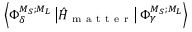
\ensuremath { \left\langle { \Phi } _ { \delta } ^ { { M } _ { S } ; { M } _ { L } } \left\lvert { \hat { H } } _ { \mathrm { ~ m ~ a ~ t ~ t ~ e ~ r ~ } } \right\rvert { \Phi } _ { \gamma } ^ { { M } _ { S } ; { M } _ { L } } \right\rangle }